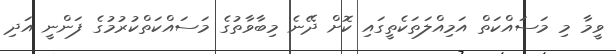
ވީމާ މި މަސައްކަތް އަމިއްލަތަކެތީގައި ކޮށް ދޭނެ މިބާވާތުގެ މަސައްކަތްކުރުމުގެ ފަންނީ އަދި